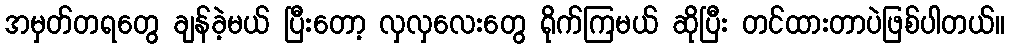
အမှတ်တရတွေ ချန်ခဲ့မယ် ပြီးတော့ လှလှလေးတွေ ရိုက်ကြမယ် ဆိုပြီး တင်ထားတာပဲဖြစ်ပါတယ်။